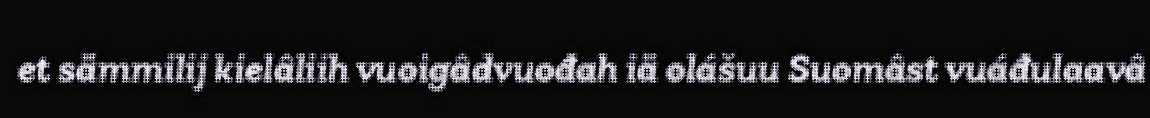
et sämmilij kielâliih vuoigâdvuođah iä olášuu Suomâst vuáđulaavâ